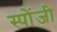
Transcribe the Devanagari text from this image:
स्पोंजी